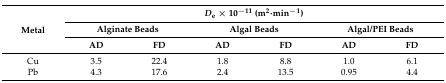
<table><thead><tr><td rowspan="3"><b>Metal</b></td><td colspan="6"><b><i>D</i><sub>e</sub> × 10<sup>−</sup><sup>11</sup> (m<sup>2</sup>·min<sup>−</sup><sup>1</sup>)</b></td></tr><tr><td colspan="2"><b>Alginate Beads</b></td><td colspan="2"><b>Algal Beads</b></td><td colspan="2"><b>Algal/PEI Beads</b></td></tr><tr><td><b>AD</b></td><td><b>FD</b></td><td><b>AD</b></td><td><b>FD</b></td><td><b>AD</b></td><td><b>FD</b></td></tr></thead><tbody><tr><td>Cu</td><td>3.5</td><td>22.4</td><td>1.8</td><td>8.8</td><td>1.0</td><td>6.1</td></tr><tr><td>Pb</td><td>4.3</td><td>17.6</td><td>2.4</td><td>13.5</td><td>0.95</td><td>4.4</td></tr></tbody></table>